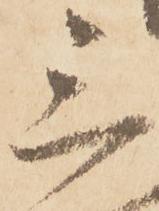
三